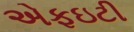
એફઇટી